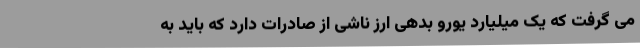
می گرفت که یک میلیارد یورو بدهی ارز ناشی از صادرات دارد که باید به